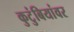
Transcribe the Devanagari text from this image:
कुटुंबियांवर